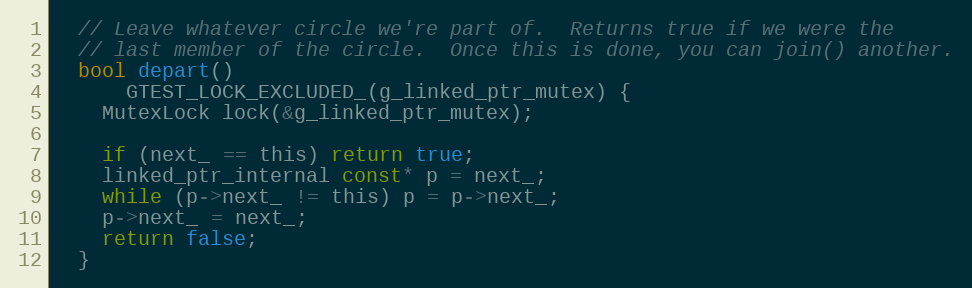
Language: C
  // Leave whatever circle we're part of.  Returns true if we were the
  // last member of the circle.  Once this is done, you can join() another.
  bool depart()
      GTEST_LOCK_EXCLUDED_(g_linked_ptr_mutex) {
    MutexLock lock(&g_linked_ptr_mutex);

    if (next_ == this) return true;
    linked_ptr_internal const* p = next_;
    while (p->next_ != this) p = p->next_;
    p->next_ = next_;
    return false;
  }